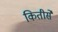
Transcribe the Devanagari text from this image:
कितीसे